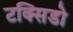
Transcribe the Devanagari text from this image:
टक्सिडो